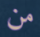
من